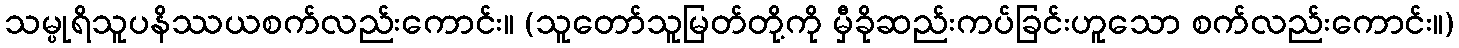
သမ္ပုရိသူပနိဿယစက်လည်းကောင်း။ (သူတော်သူမြတ်တို့ကို မှီခိုဆည်းကပ်ခြင်းဟူသော စက်လည်းကောင်း။)